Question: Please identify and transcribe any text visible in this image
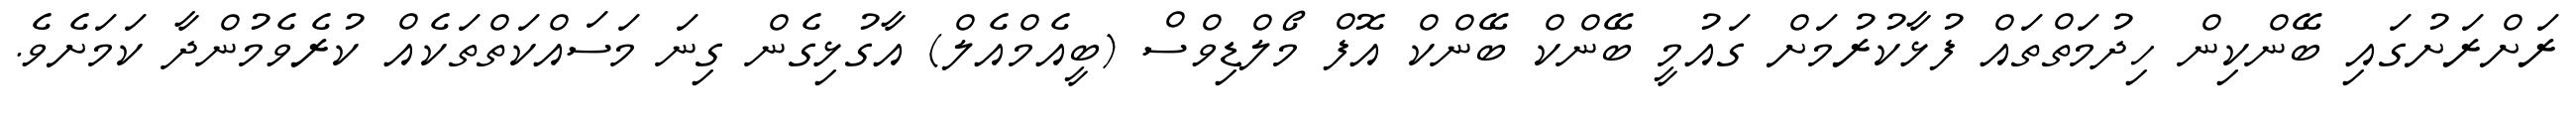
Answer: ރަށްރަށުގައި ބޭންކިން ހިދުމަތްތައް ފުޅާކުރުމަށް ގައުމީ ބޭންކް ބޭންކް އޮފް މޯލްޑިވްސް (ބީއެމްއެލް) އާގުޅިގެން ގިނަ މަސައްކަތްތަކެއް ކުރެވެމުންދާ ކަމަށެވެ.